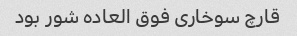
قارچ سوخاری فوق العاده شور بود